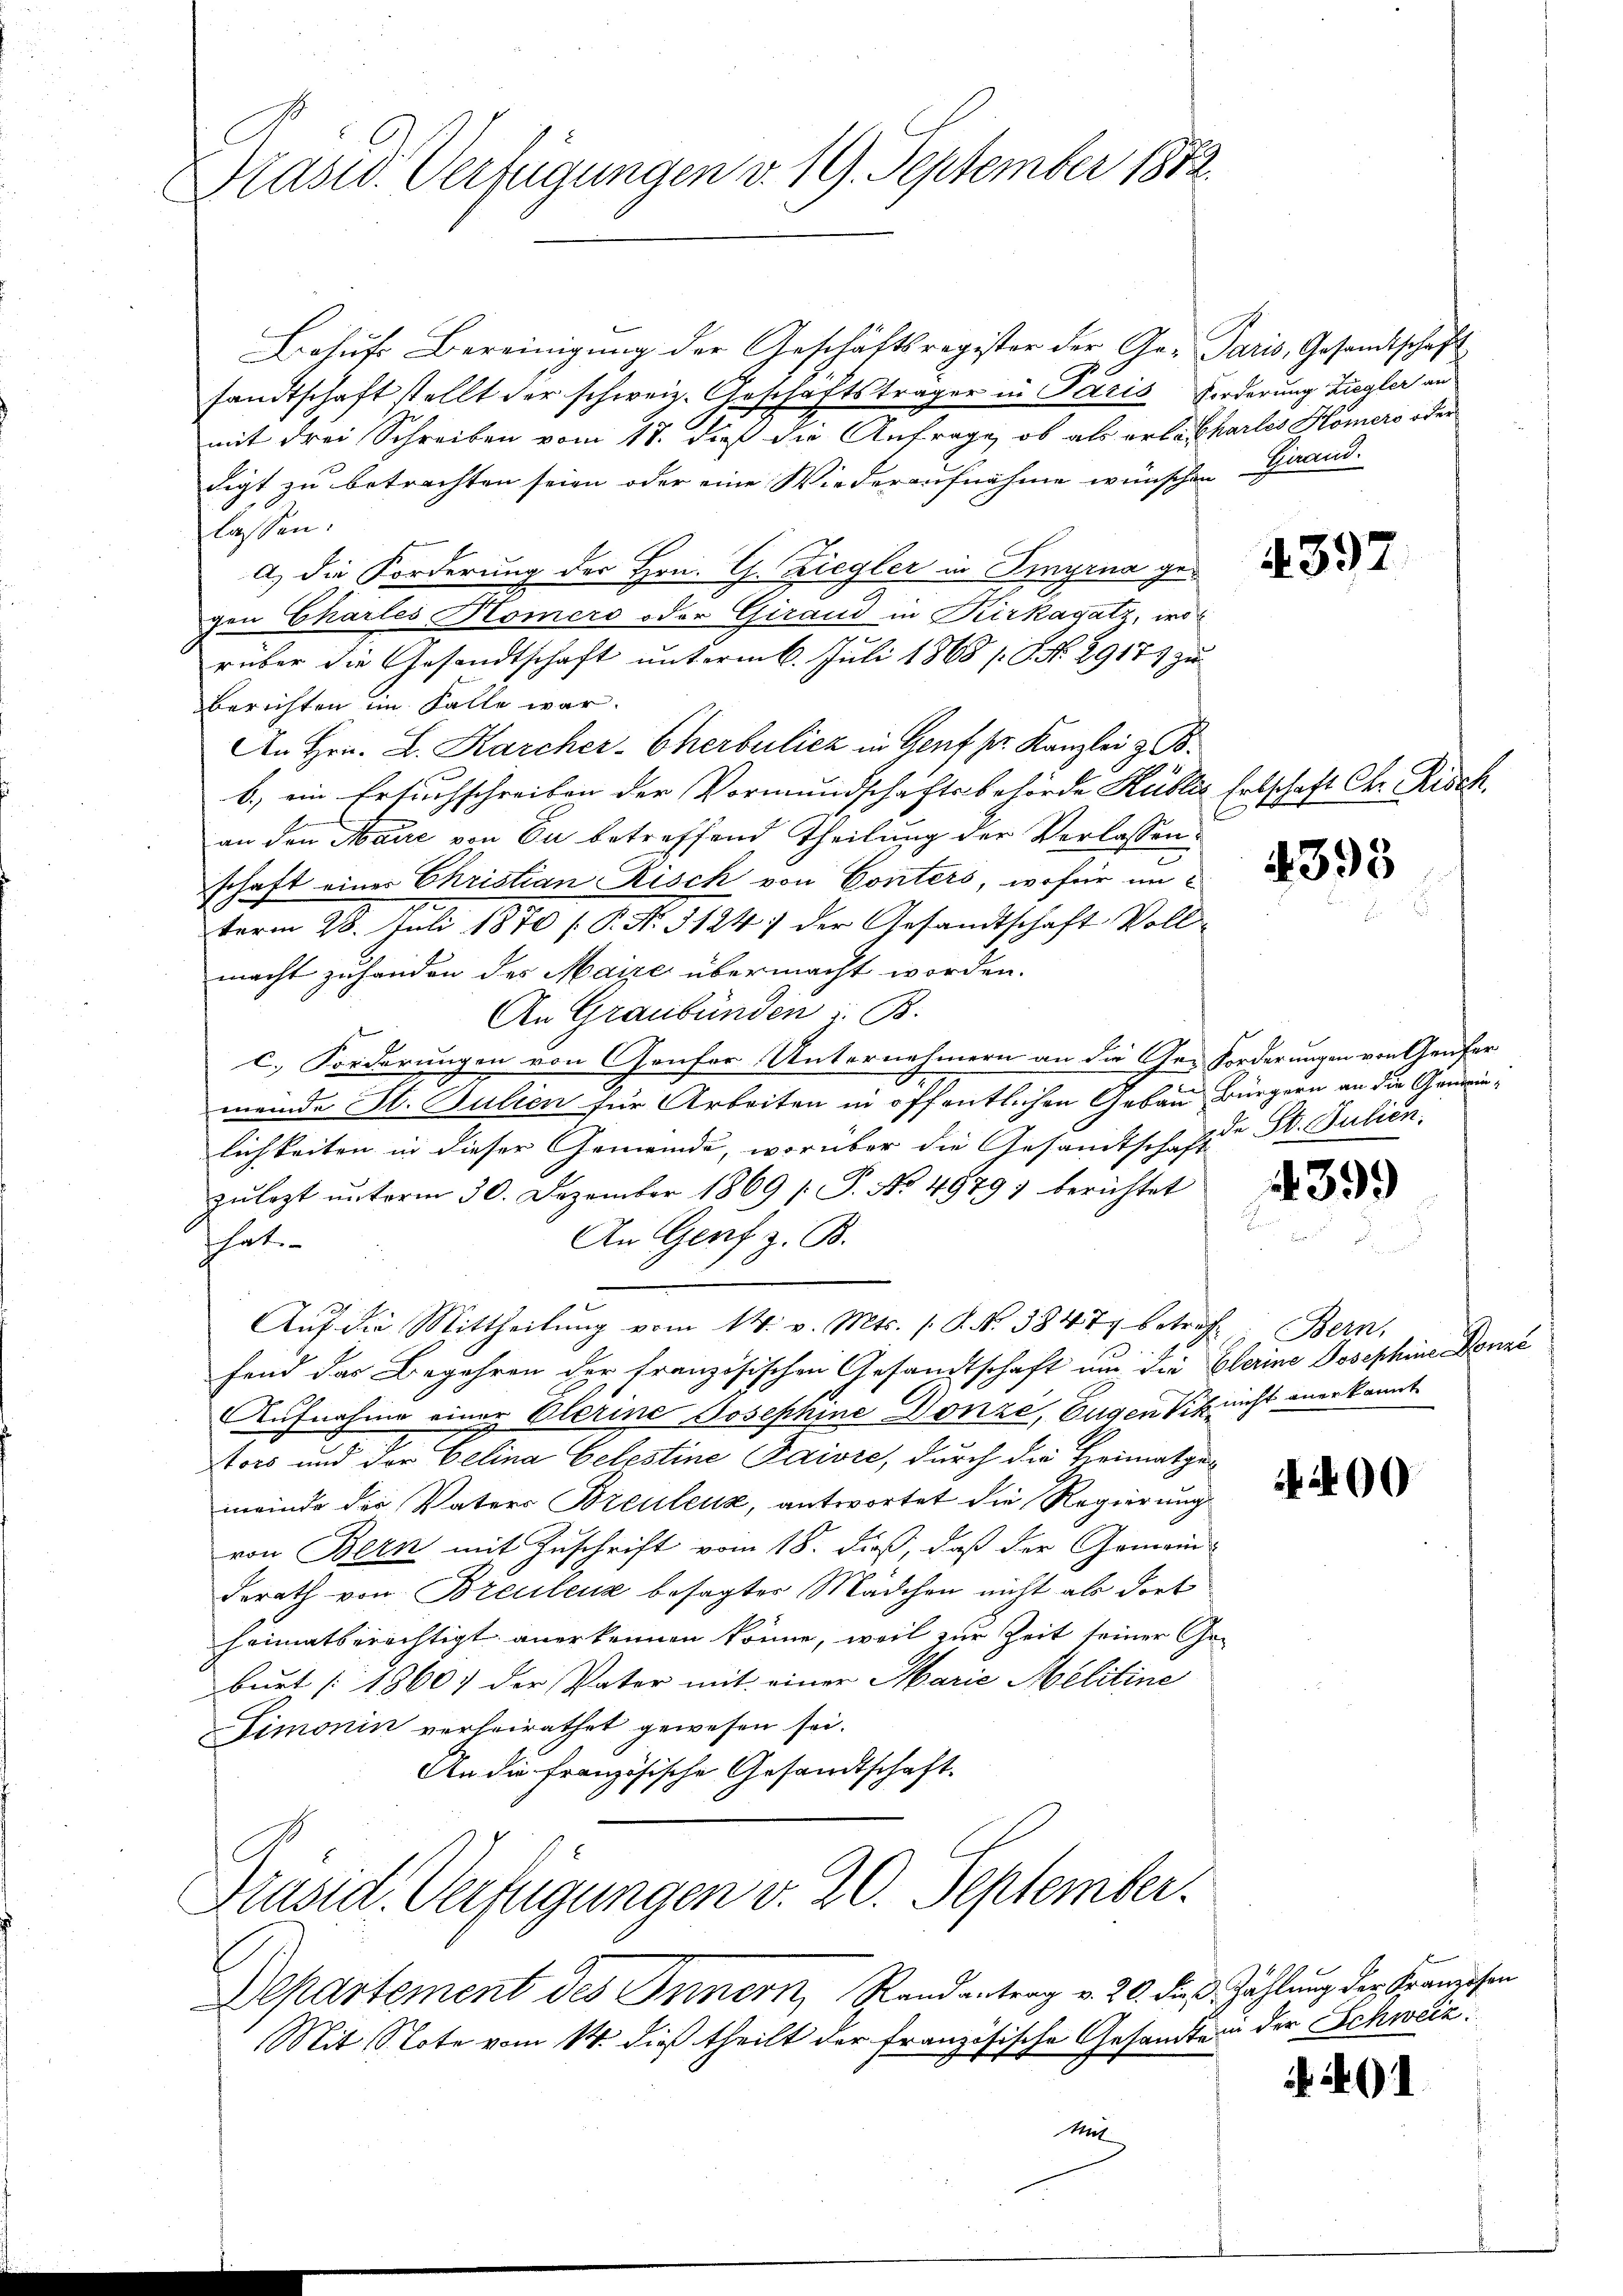
Präsid. Verfügungen v. 19. September 1872.

Behŭfs Bereinigung der Geschäftsregister der Ge- Paris, Gesandtschaft
sandtschaft stellt der schweiz. Geschäftsträger in Pacis Forderung Ziegler an
mit drei Schreiben vom 18. dieß die Anfrage, ob als erbe Chartes Homers oder
digt zu betrachten seien oder eine Wiederaufnahme wünschen Grand-
lassen:
a) die Forderung des Hrn. Ch. Ziegler in Tinyrna gegen Charles Homers oder Girand in Kirkagatz, worüber die Gesandtschaft unterm 6. Juli 1868 / P. Nr. 2917 zu
Berichten im Falle war.
An Hrn. L. Karcher-Cherbulicz in Genf pr. Kanzlei z. B.
b.) ein Ersuchschreiben der Vormundschaftsbehörde Hubles Erbschaft Chr. Risch.
an den Maure von Du betreffend Theilung der Verlassen
schaft eines Christian Risch von Conters, wofür im
term 28. Juli 1870 [P. Nr. 3124) der Gesandtschaft Vollmacht zu handen des Maire übermacht worden.
An Graubünden i. B.
c. Forderungen von Genfer Unternehmern an die Ge- Forderungen von Genfer
meinde St. Bulien für Arbeiten in öffentlichen Gebau Bürgern an die Gemeinlichkeiten in dieser Gemeinde, worüber die Gesamtschaffte St. Julien.
zulezt unterm 30. Dezember 1869 / P. No. 4879) berichtet
An Genf z. B.
hat.
Aŭf die Mittheilŭng vom 14. v. Mts. s. S. Nr. 3847 betreff. Bern,
fend das Begehren der französischen Gesandtschaft um die Clerine Josephine Donne
Aufnahme einer Elerine Josephine Donze, Eugen sich nicht anerkannt
Aors und der Belina Celestine Paivre, durch die Heimatgemeinde der Vaters Breulenz, antwortet die Regierung
von Bern mit Zuschrift vom 18. dieß, daß der Gemein-
derath von Breulenz besagter Mädchen nicht als dort
heimatberichtigt anerkennen könne, weil zur Zeit seiner Ge-
burt [1860) der Pater mit einer Marie Melitine
Limonin verheirathet gewesen sei.
An die französische Gesandtschaft.
Präsid. Verfügungen v. 20. September.
Departement des Innern, Randantrag v. 20. die Zählung der Franzosen
Mit Note vom 14. dieß theilt der französische Gesandte in der Schweiz
Ml

4392

4393

439.

400

401